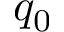
q _ { 0 }